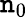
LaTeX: \mathtt{n}_{0}